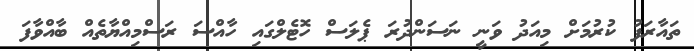
ތައާރަފު ކުރުމަށް މިއަދު ވަނީ ނަސަންދުރަ ޕެލަސް ހޮޓެލްގައި ހާއްސަ ރަސްމިއްޔާތެއް ބާއްވާފަ